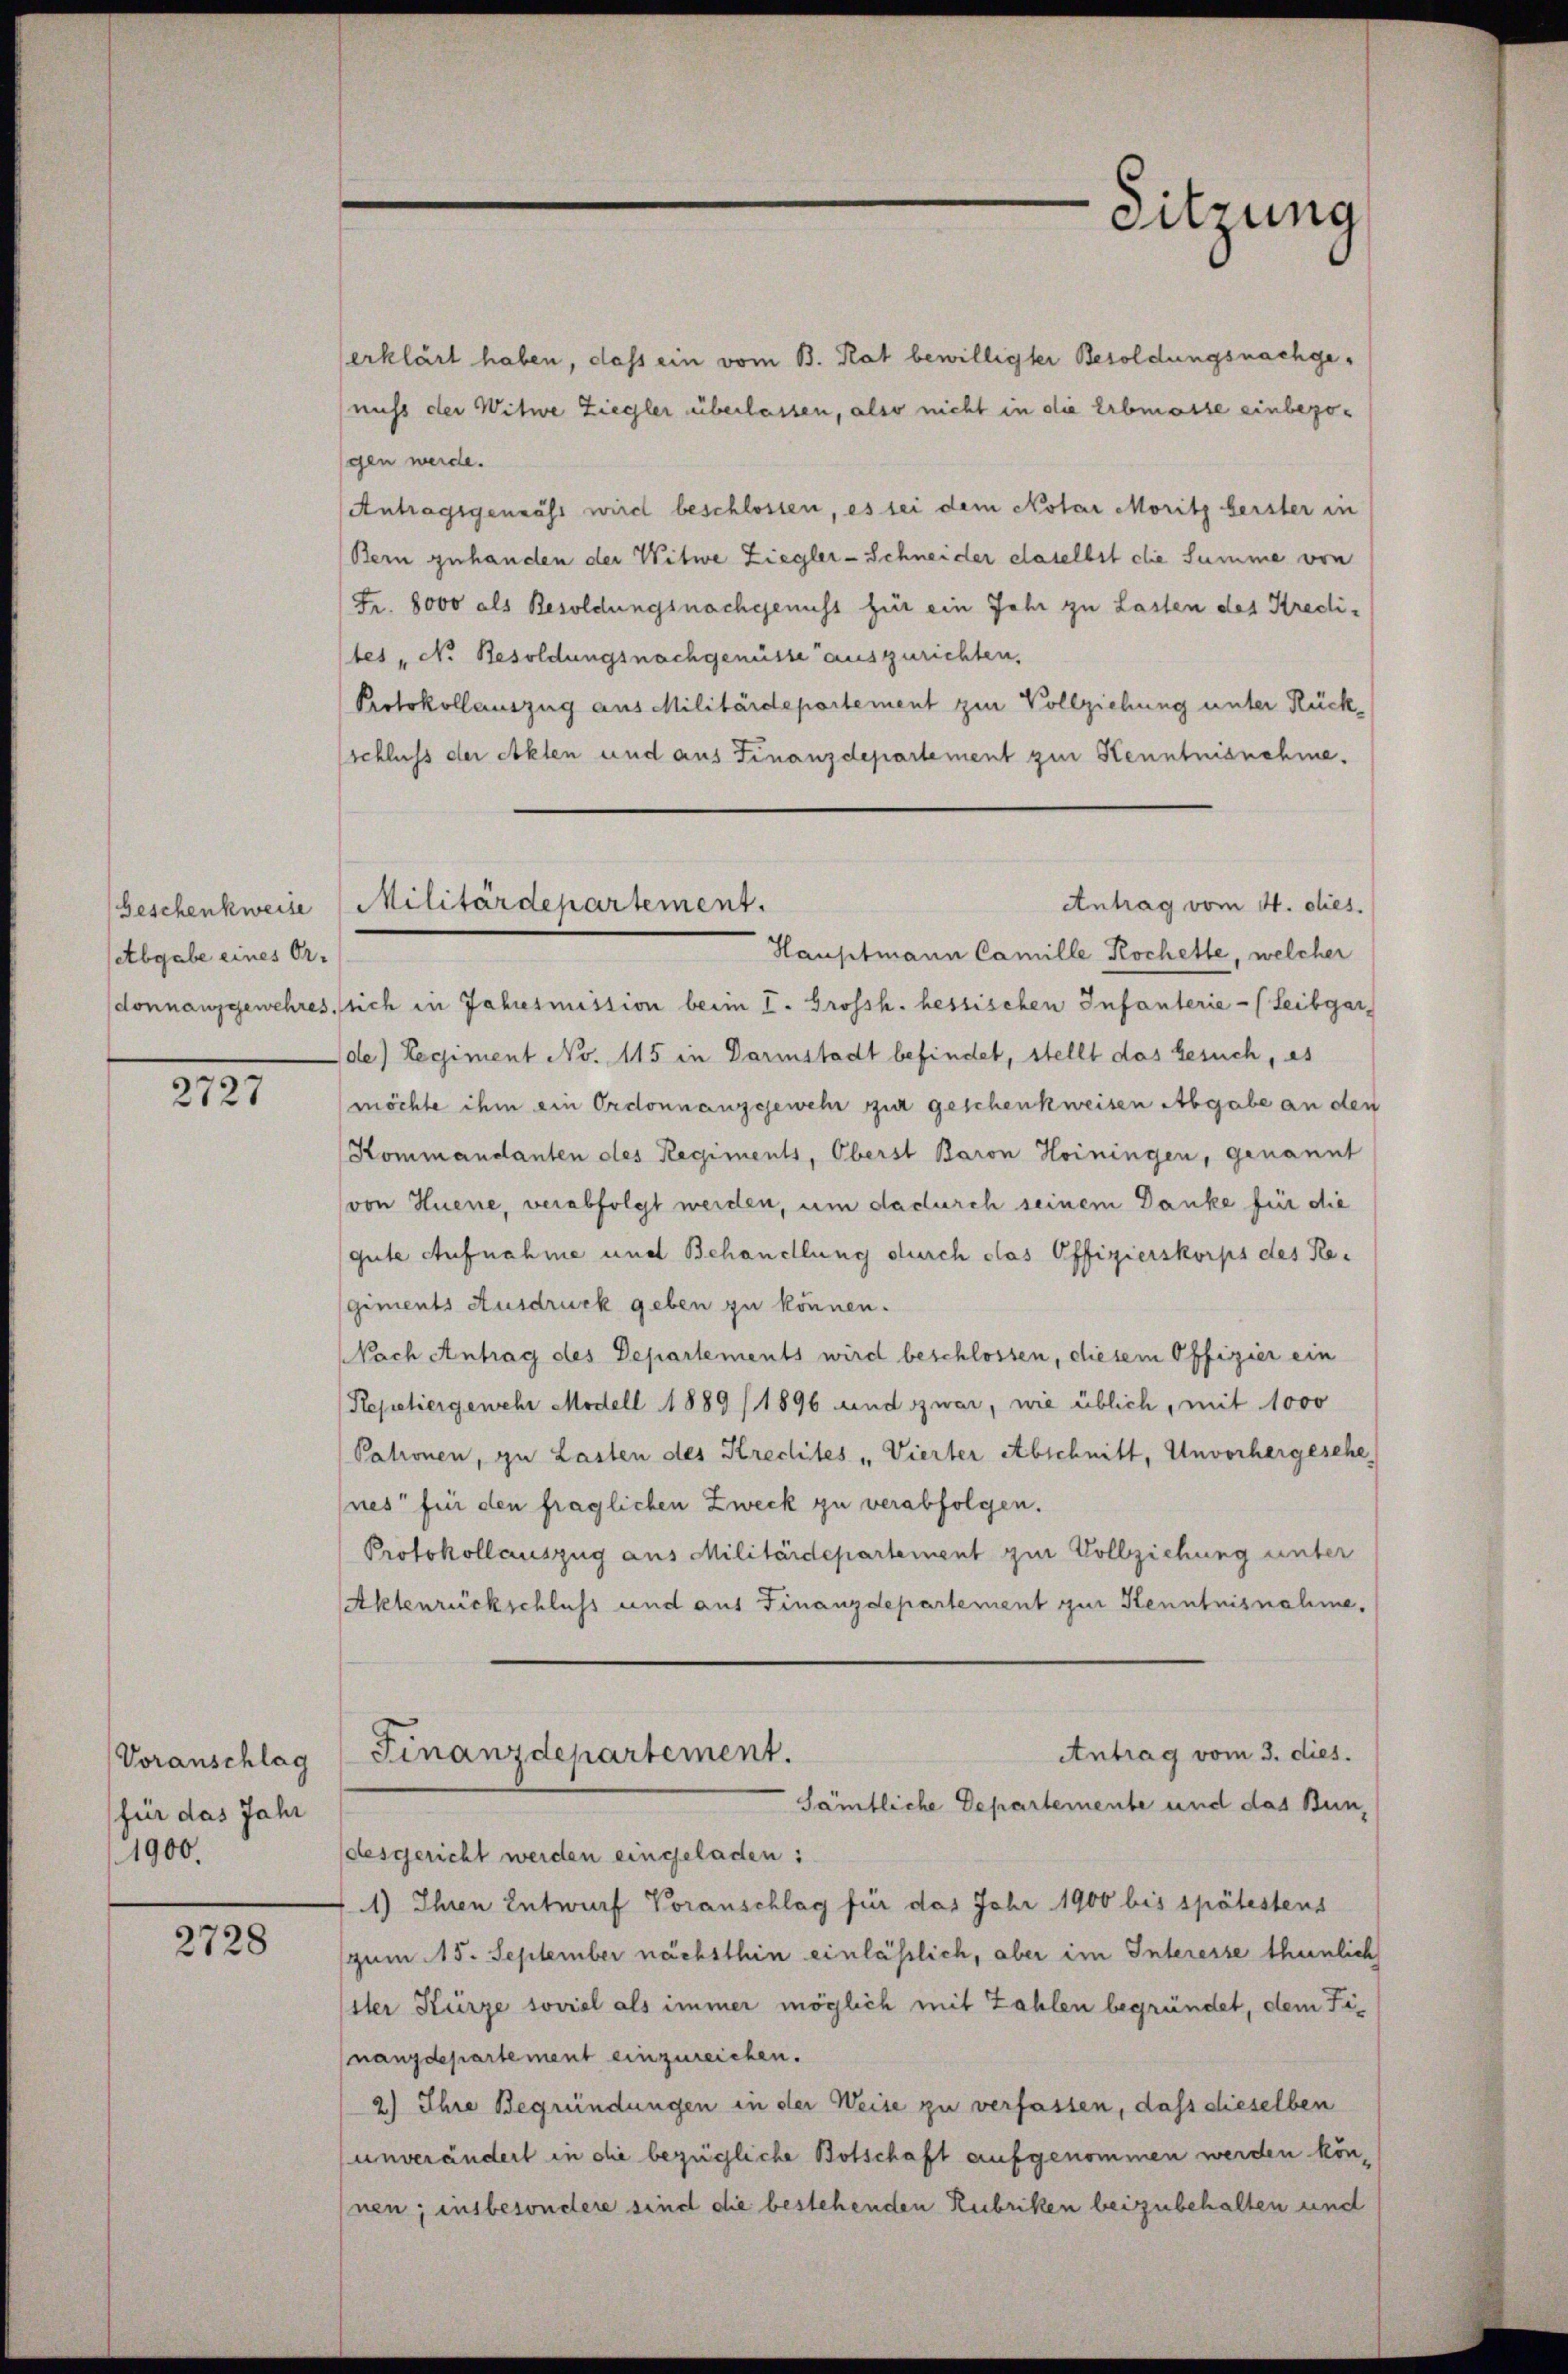
beschenkweise
Abgabe eines Or
donnanzgewehres

2727

Voranschlag
für das Jahr
1900.

2728

erklärt haben, dass ein vom B. Rat bewilligter Besoldungsnachgenicht der Witwe Ziegler überlassen, also nicht in die Erbmasse einbezogen werde.
Antragsgenmäss wird beschlossen, es sei dem Notar Moritz beister in
Bern zuhanden der Witwe Ziegler-Schneider daselbst die Summe von
Fr. 8000 als Resoldungsnachgenuss für ein Jahr zu Lasten des Kredi-
stes N. Besoldungsnachgenüsse auszurichten.
Protokollauszug aus Militärdepartement zur Vollziehung unter Rückschluss der Akten und aus Finanzdepartement zur Kenntnisnehme.
Hauptmann Camille Kochette, welcher
sich in Jahresmission beim I. Grossh. hessischen Infanterie - (Leibgar
de) Regiment No. 115 in Darmstadt befindet, stellt das besuch, es
möchte ihm ein Ordonnanzgewehr zur geschenkweisen Abgabe an den
Kommandanten des Regiments, Oberst Baron Hoiningen, genannt
von Huene, verabfolgt werden, um dadurch seinem Danke für die
gute Aufnahme und Behandlung durch das Offizierskorps des Re-
giments Ausdruck geben zu können.
Nach Antrag des Departements wird beschlossen, diesem Offizier ein
Repetiergewehr Modell 1889/ 1896 und zwar, wie üblich, mit 1000
Patronen, zu Lasten des Kreclites „Vierter Abschnitt, Unvorhergesehe
nes für den fraglichen Zweck zu verabfolgen.
Protokollauszug aus Militärdepartement zur Vollziehung unter
Aktenrückschluss und aus Finanzdepartement zur Kenntnisnahme,
Antrag vom 3. dies.
Finanzdepartement.
Sämtliche Departemente und das Bundesgericht werden eingeladen:
) Ihren Entwurf Voranschlag für das Jahr 1900 bis spätestens
zum 15. September nächsthin einlässlich, aber im Interesse thunlich
iter Kürze soviel als immer möglich mit Zahlen begründet, dem Finanzdepartement einzureichen.
2) Ihre Begründungen in der Weise zu verfassen, daß dieselben
unverändert in die bezügliche Botschaft aufgenommen werden können; insbesondere sind die bestehenden Rubriken beizubehalten und

Sitzung

Militärdepartement.
Antrag vom 4. dies.